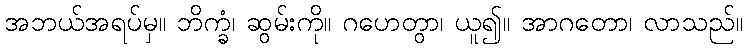
အဘယ်အရပ်မှ။ ဘိက္ခံ၊ ဆွမ်းကို။ ဂဟေတွာ၊ ယူ၍။ အာဂတော၊ လာသည်။